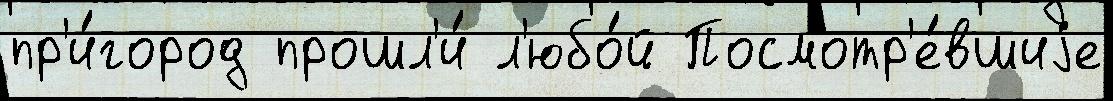
пр'и́город прошл'и́ л'юбо́й Посмотр'е́вшиjе